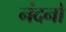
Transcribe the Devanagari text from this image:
नंदनो